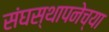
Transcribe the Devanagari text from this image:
संघस्थापनेच्या